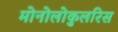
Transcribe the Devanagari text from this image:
मोनोलोकुलरिस